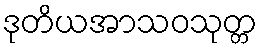
ဒုတိယအာသဝသုတ္တ